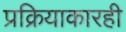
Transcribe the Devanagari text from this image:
प्रक्रियाकारही